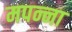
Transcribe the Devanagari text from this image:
मपन्ना